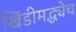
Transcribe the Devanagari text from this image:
खिंडीमद्ध्येच